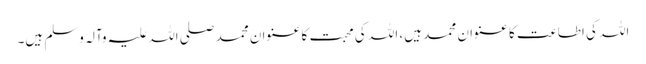
اللہ کی اطاعت کا عنوان محمد ہیں، اللہ کی محبت کا عنوان محمد صلی اللہ علیہ وآلہ وسلم ہیں۔